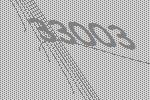
33003